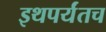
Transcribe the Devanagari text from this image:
इथपर्यंतच